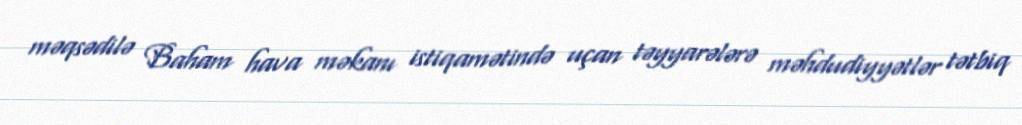
məqsədilə Baham hava məkanı istiqamətində uçan təyyarələrə məhdudiyyətlər tətbiq